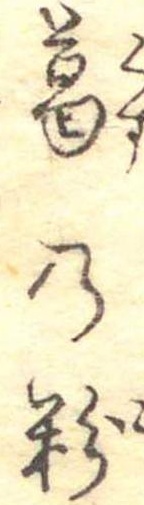
葛の粉